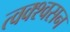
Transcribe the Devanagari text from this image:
त्वक्श्वसन